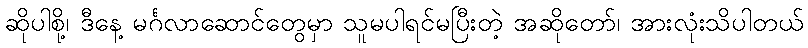
ဆိုပါစို့၊ ဒီနေ့ မင်္ဂလာဆောင်တွေမှာ သူမပါရင်မပြီးတဲ့ အဆိုတော်၊ အားလုံးသိပါတယ်